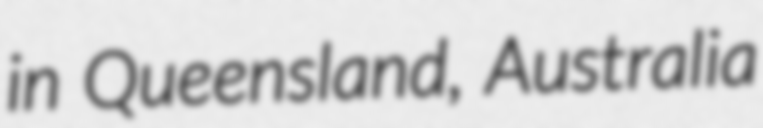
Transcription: in Queensland, Australia